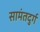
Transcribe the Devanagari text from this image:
सामंतदुर्ग